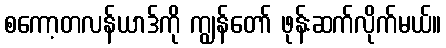
စကော့တလန်ယာဒ်ကို ကျွန်တော် ဖုန်းဆက်လိုက်မယ်။